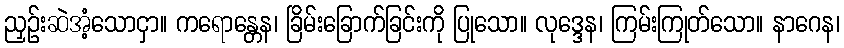
ညှဉ်းဆဲအံ့သောငှာ။ ကရောန္တေန၊ ခြိမ်းခြောက်ခြင်းကို ပြုသော။ လုဒ္ဒေန၊ ကြမ်းကြုတ်သော။ နာဂေန၊